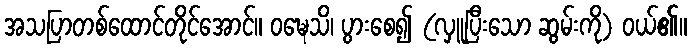
အသပြာတစ်ထောင်တိုင်အောင်။ ဝဍ္ဎေသိ၊ ပွားစေ၍ (လှူပြီးသော ဆွမ်းကို) ဝယ်၏။